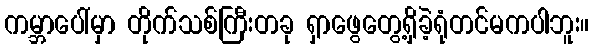
ကမ္ဘာပေါ်မှာ တိုက်သစ်ကြီးတခု ရှာဖွေတွေ့ရှိခဲ့ရုံတင်မကပါဘူး။